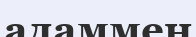
адаммен